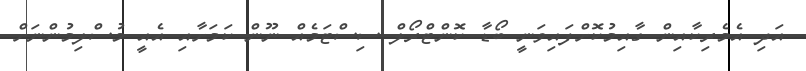
އަދި އެމެރިކާއިން ގާއިމުކޮށްފައިވަނީ ބޯޑާ ކޮންޓްރޯލް ސިސްޓަމެއް ނޫން ކަމަށާއި އެއީ މުސްލިމުންނަށް